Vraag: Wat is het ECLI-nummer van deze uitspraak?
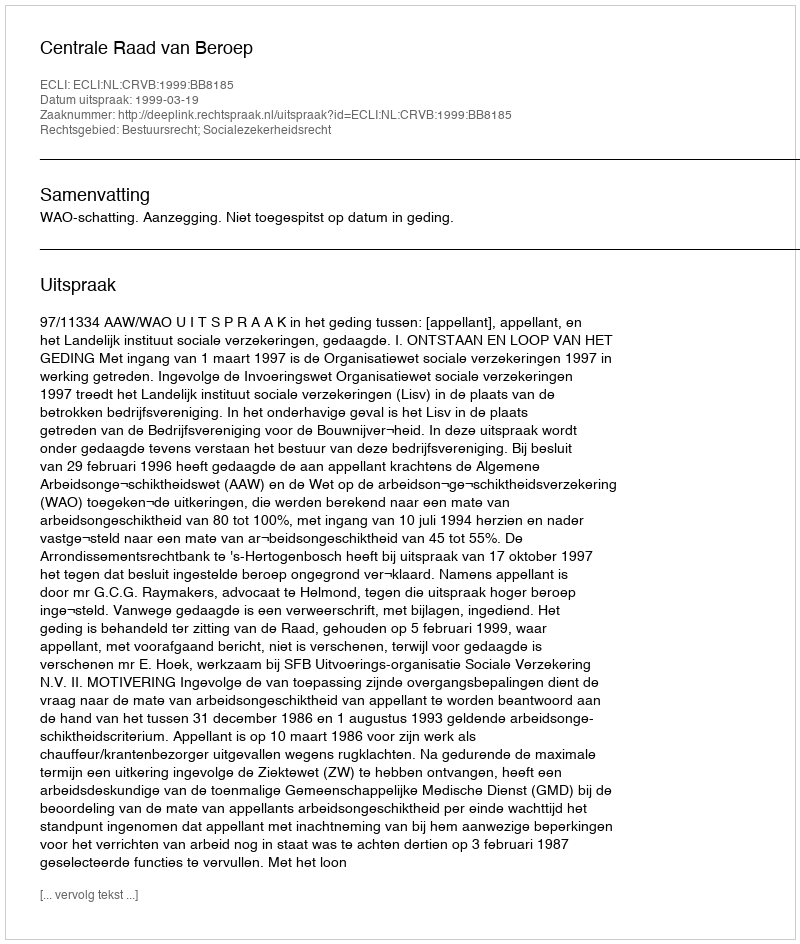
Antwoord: ECLI:NL:CRVB:1999:BB8185